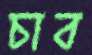
চাব